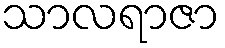
သာလရာဇာ